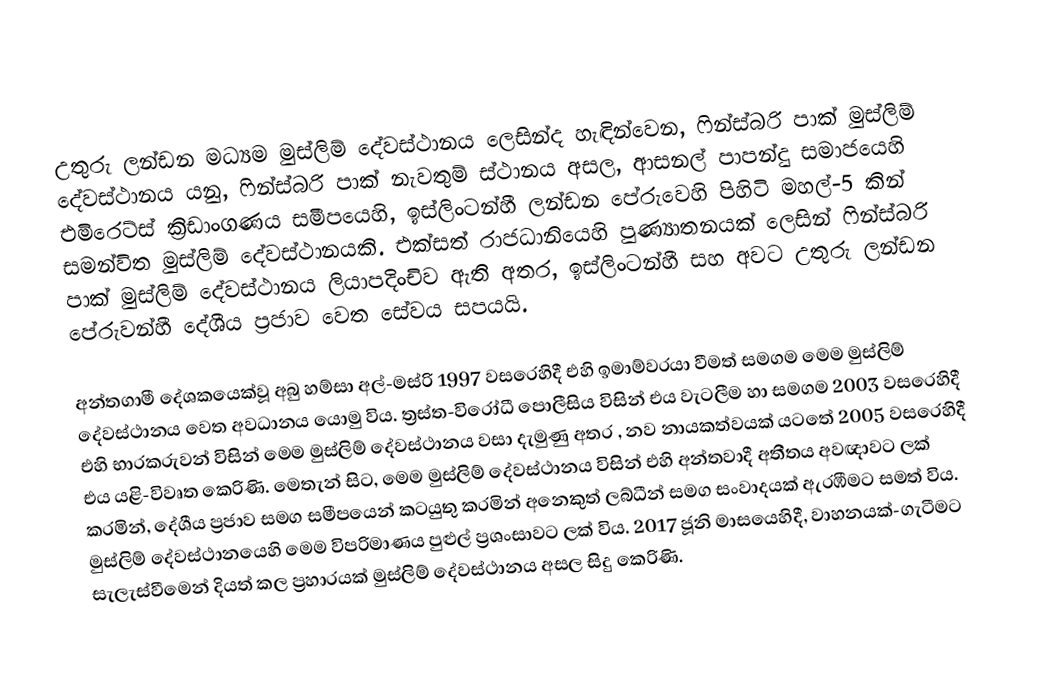
උතුරු ලන්ඩන මධ්‍යම මුස්ලිම් දේවස්ථානය ලෙසින්ද හැඳින්වෙන, ෆින්ස්බරි පාක් මුස්ලිම් දේවස්ථානය යනු, ෆින්ස්බරි පාක් නැවතුම් ස්ථානය අසල,  ආසනල් පාපන්දු සමාජයෙහි එමිරෙට්ස් ක්‍රිඩාංගණය සමීපයෙහි,  ඉස්ලිංටන්හී  ලන්ඩන පේරුවෙහි පිහිටි මහල්-5 කින් සමන්විත  මුස්ලිම් දේවස්ථානයකි.  එක්සත් රාජධානියෙහි පුණ්‍යාතනයක් ලෙසින් ෆින්ස්බරි පාක් මුස්ලිම් දේවස්ථානය ලියාපදිංචිව ඇති අතර, ඉස්ලිංටන්හී සහ අවට උතුරු ලන්ඩන පේරුවන්හී දේශීය ප්‍රජාව වෙත සේවය සපයයි.

අන්තගාමී දේශකයෙක්වූ අබු හම්සා අල්-මස්රි 1997 වසරෙහිදී එහි ඉමාම්වරයා වීමත් සමගම මෙම මුස්ලිම් දේවස්ථානය වෙත අවධානය යොමු විය. ත්‍රස්ත-විරෝධී පොලීසිය විසින් එය වැටලීම හා සමගම 2003 වසරෙහිදී එහි භාරකරුවන් විසින් මෙම මුස්ලිම් දේවස්ථානය වසා දැමුණු අතර , නව නායකත්වයක් යටතේ 2005 වසරෙහිදී එය යළි-විවෘත කෙරිණි. මෙතැන් සිට, මෙම මුස්ලිම් දේවස්ථානය විසින් එහි අන්තවාදී   අතීතය  අවඥාවට ලක් කරමින්, දේශීය ප්‍රජාව සමග සමීපයෙන් කටයුතු කරමින් අනෙකුත් ලබ්ධීන් සමග සංවාදයක් ඇරඹීමට සමත් විය. මුස්ලිම් දේවස්ථානයෙහි මෙම  විපරිමාණය පුළුල් ප්‍රශංසාවට ලක් විය.  2017 ජූනි මාසයෙහිදී, වාහනයක්-ගැටීමට සැලැස්වීමෙන් දියත් කල ප්‍රහාරයක් මුස්ලිම් දේවස්ථානය අසල සිදු කෙරිණි.